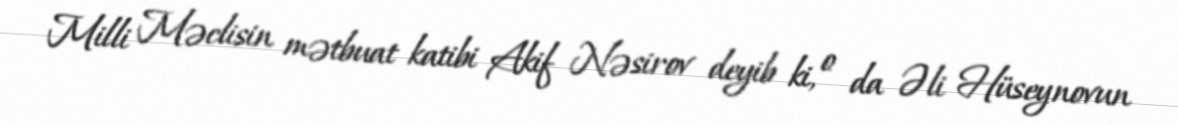
Milli Məclisin mətbuat katibi Akif Nəsirov deyib ki, o da Əli Hüseynovun